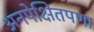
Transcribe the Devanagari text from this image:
अनपेक्षितपणा